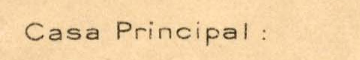
Casa Principal: